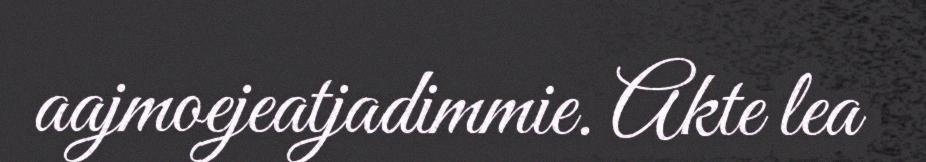
aajmoejeatjadimmie. Akte lea